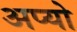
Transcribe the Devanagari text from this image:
अप्यो